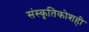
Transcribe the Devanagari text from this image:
संस्कृतिकोशही